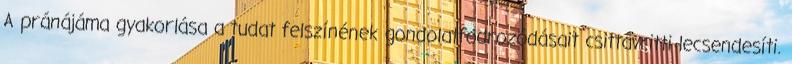
A pránájáma gyakorlása a tudat felszínének gondolatfodrozódásait csittavritti lecsendesíti.